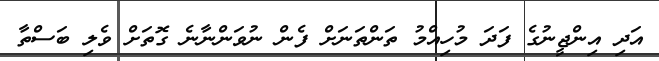
އަދި އިންޖީނުގެ ފަދަ މުހިއްމު ތަންތަނަށް ފެން ނުވަންނާނެ ގޮތަށް ވެލި ބަސްތާ